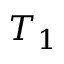
T _ { 1 }